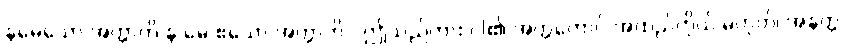
နမေသော အတ္တာတိ န မေ ဧသော အတ္တာတိ - ဤသည်ကား ငါ၏ အတ္တကောင် အထည်ကိုယ် မဟုတ်၊ အနတ္တ